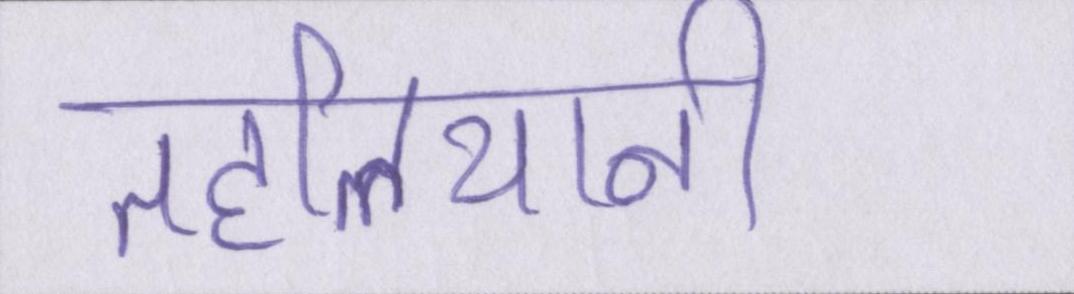
तहलियानी